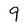
Character: 9